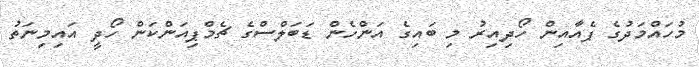
މުހައްމަދުގެ ޕެއާއިން ހޯދިއިރު މި ބައިގެ އަންހެން ޑަބަލްސްގެ ޗެމްޕިއަންކަން ހޯދީ އައިމިނަތު